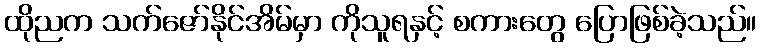
ထိုညက သက်ဇော်နိုင်အိမ်မှာ ကိုသူရနှင့် စကားတွေ ပြောဖြစ်ခဲ့သည်။